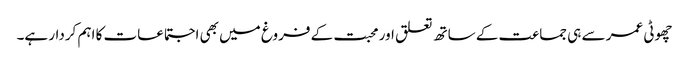
چھوٹی عمر سے ہی جماعت کے ساتھ تعلق اور محبت کے فروغ میں بھی اجتماعات کا اہم کردار ہے۔